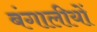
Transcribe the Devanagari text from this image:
बंगालीयों